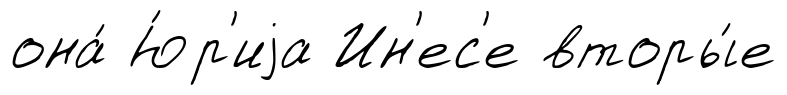
она́ Ю́р'иjа Ин'ес'е вторы́е